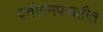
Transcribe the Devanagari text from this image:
वर्तमानपत्रातीत